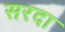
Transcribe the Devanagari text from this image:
सरदा